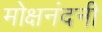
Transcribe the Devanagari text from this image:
मोक्षनंदनी